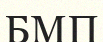
БМП